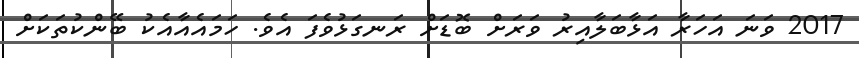
2017 ވަނަ އަހަރާ އަޅާބަލާއިރު ވަރަށް ބޮޑަށް ރަނގަޅުވެފަ އެވެ. ހަމައެއާއެކު ބޭންކުތަކަށް